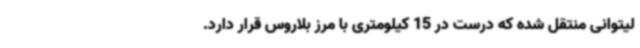
لیتوانی منتقل شده که درست در 15 کیلومتری با مرز بلاروس قرار دارد.